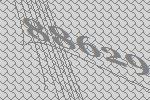
88629